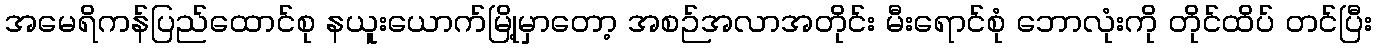
အမေရိကန်ပြည်ထောင်စု နယူးယောက်မြို့မှာတော့ အစဉ်အလာအတိုင်း မီးရောင်စုံ ဘောလုံးကို တိုင်ထိပ် တင်ပြီး